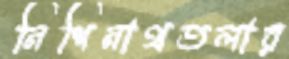
নিশিনাথতলার